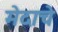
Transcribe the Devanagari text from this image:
मेदाचे